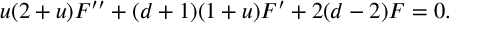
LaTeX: u ( 2 + u ) F ^ { \prime \prime } + ( d + 1 ) ( 1 + u ) F ^ { \prime } + 2 ( d - 2 ) F = 0 .